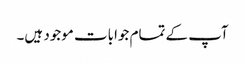
آپ کے تمام جوابات موجود ہیں۔